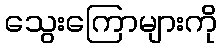
သွေးကြောများကို